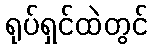
ရုပ်ရှင်ထဲတွင်